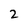
Character: 2